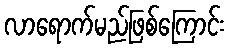
လာရောက်မည်ဖြစ်ကြောင်း